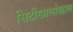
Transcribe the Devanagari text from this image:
सिटीखालोखाल